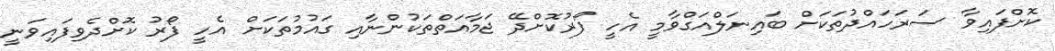
ކޮށްފައިވާ ސަރަހައްދުތަކަށް ބައިނަލްއަގްވާމީ އެހީ ފޯރުކޮށްދޭ ޖަމާއަތްތަކުންނާއި ގައުމުތަކަށް އެހީ ފޯރު ކޮށްދެވިފައިވަނީ